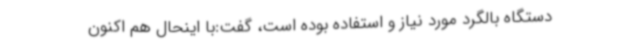
دستگاه بالگرد مورد نیاز و استفاده بوده است، گفت:با اینحال هم اکنون